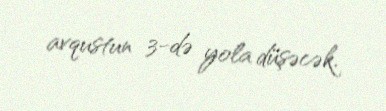
avqustun 3-də yola düşəcək.